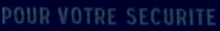
POUR VOTRE SECURITE